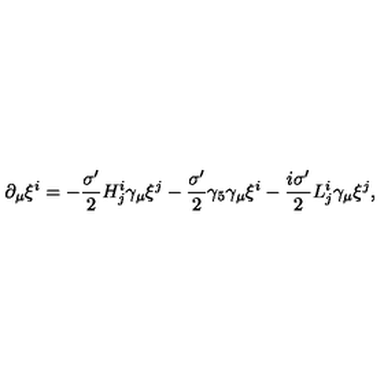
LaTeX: \partial _ { \mu } \xi ^ { i } = - \frac { \sigma ^ { \prime } } { 2 } H _ { j } ^ { i } \gamma _ { \mu } \xi ^ { j } - \frac { \sigma ^ { \prime } } { 2 } \gamma _ { 5 } \gamma _ { \mu } \xi ^ { i } - \frac { i \sigma ^ { \prime } } { 2 } L _ { j } ^ { i } \gamma _ { \mu } \xi ^ { j } ,